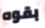
بقوه